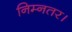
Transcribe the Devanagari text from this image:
निम्नतर।